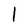
Character: l